Vaccination in Bombay 1863-1868 - 1863-1868
Year: 1863
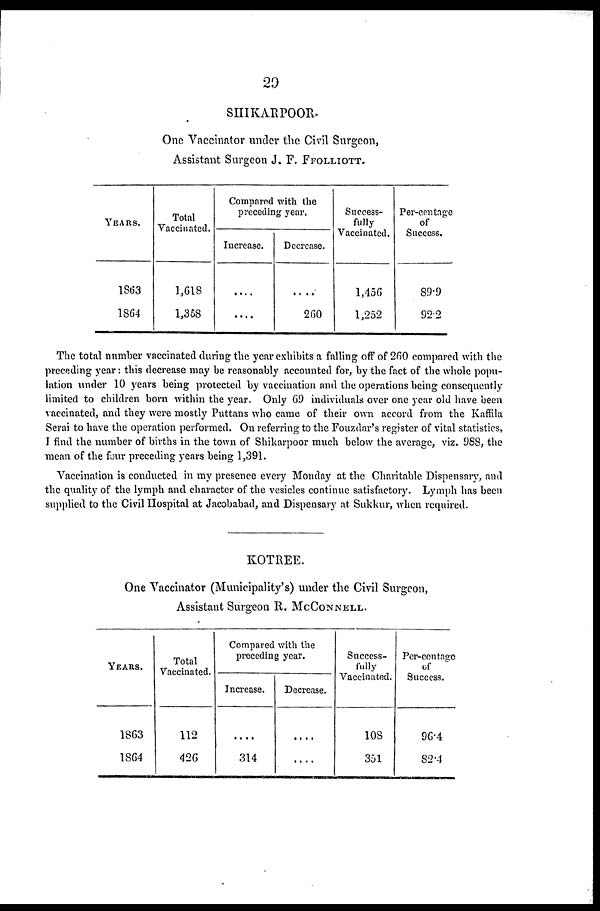
29
SHIKARPOOR.
One Vaccinator under the Civil Surgeon,
Assistant Surgeon J. F. FFOLLIOTT.
YEARS.
1863
1864
Total
Vaccinated.
1,618
1,358
Compared with the
preceding year.
Increase.
....
....
Decrease.
....
260
Success¬
fully
Vaccinated.
1,456
1,252
Per-centage
of
Success.
89.9
92.2
The total number vaccinated during the year exhibits a falling off of 260 compared with the
preceding year: this decrease may be reasonably accounted for, by the fact of the whole popu-
lation under 10 years being protected by vaccination and the operations being consequently
limited to children born within the year. Only 69 individuals over one year old have been
vaccinated, and they were mostly Puttans who came of their own accord from the Kaffila
Serai to have the operation performed. On referring to the Fouzdar's register of vital statistics,
I find the number of births in the town of Shikarpoor much below the average, viz. 988, the
mean of the four preceding years being 1,391.
Vaccination is conducted in my presence every Monday at the Charitable Dispensary, and
the quality of the lymph and character of the vesicles continue satisfactory. Lymph has been
supplied to the Civil Hospital at Jacobabad, and Dispensary at Sukkur, when required.
KOTREE.
One Vaccinator (Municipality's) under the Civil Surgeon,
Assistant Surgeon R. MCCONNELL.
YEARS.
1863
1864
Total
Vaccinated.
112
426
Compared with the
preceding year.
Increase.
....
314
Decrease.
....
....
Success-
fully
Vaccinated.
108
351
Per-centage
of
Success.
96.4
82.4